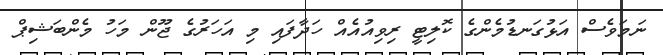
ނަމަވެސް އަޅުގަނޑުމެންގެ ކޮލިޓީ ރިވިއުއެއް ހަދާފައި މި އަހަރުގެ ޖޫން މަހު މެންބަޝިޕް